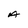
Character: A